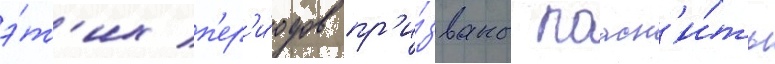
э́т'их п'ер'и́одов пр'и́званы поасн'и́ть